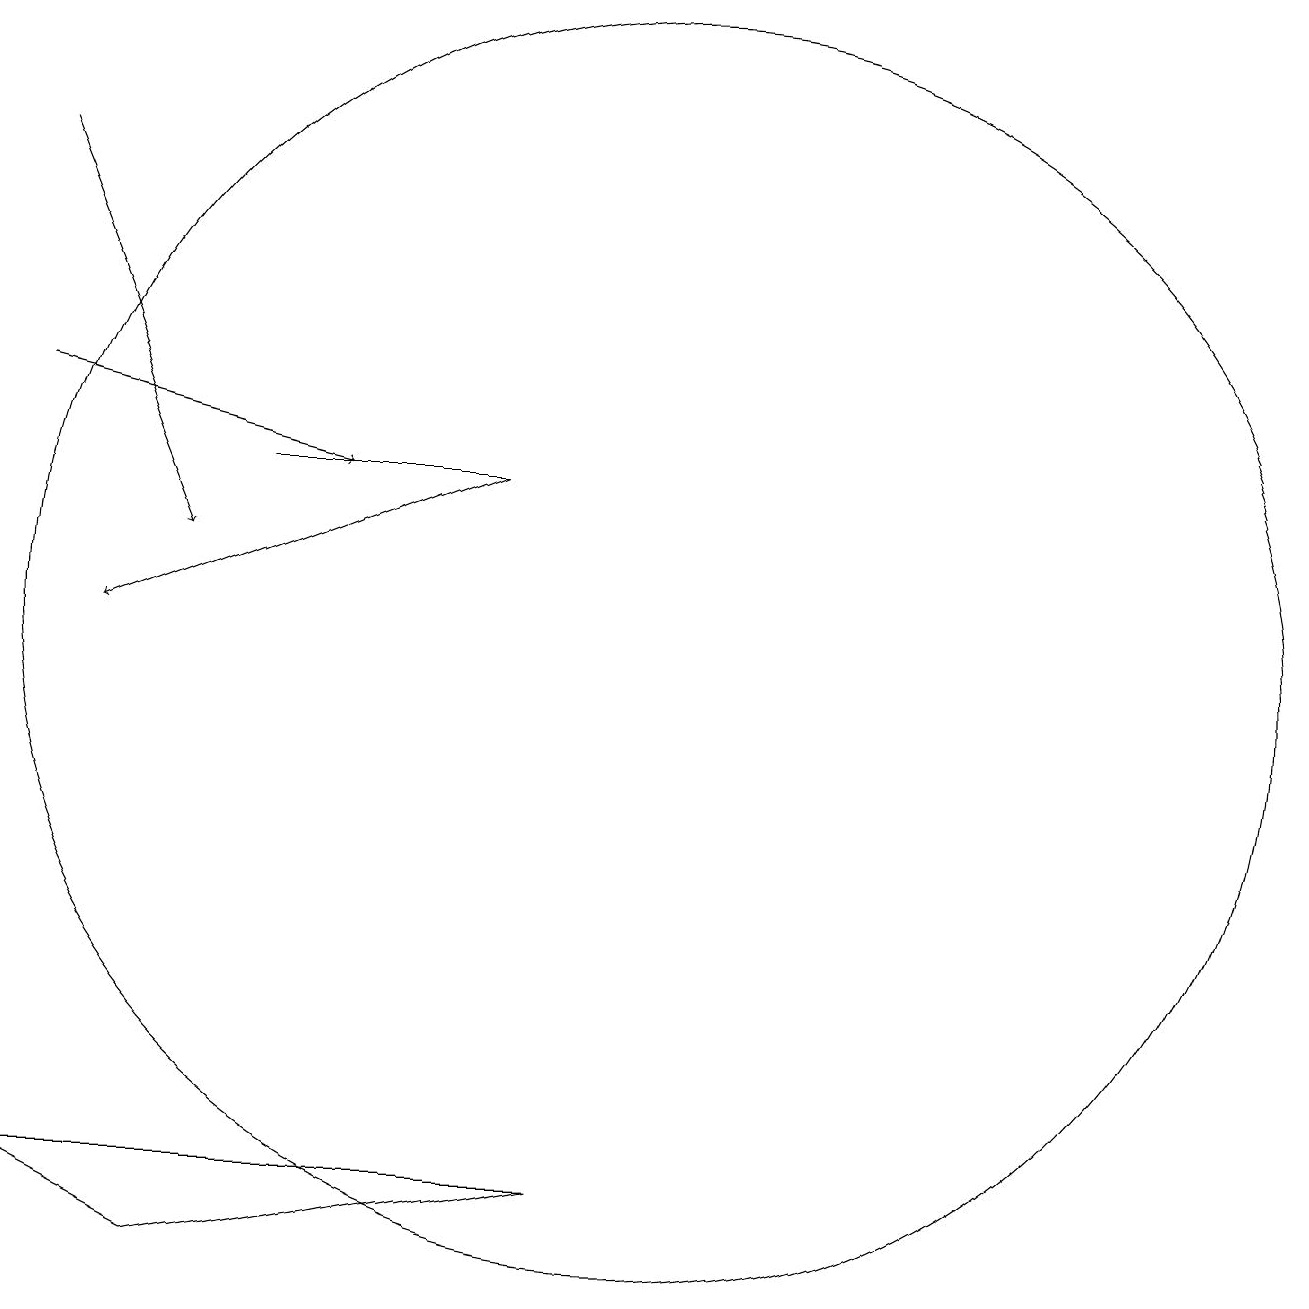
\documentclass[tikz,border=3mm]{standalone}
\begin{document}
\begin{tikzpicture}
\draw (11,10) circle (0);
\draw (10,11) circle (8);
\draw[->] (2,17) -- (4,12);
\draw[->] (2,14) -- (6,13);
\draw (2,4) -- (4,3) -- (9,4) -- cycle;
\draw[->] (8,13) -- (3,11);
\draw (5,13) rectangle (8,13);
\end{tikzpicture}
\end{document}